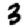
Digit: 3